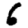
Digit: 6